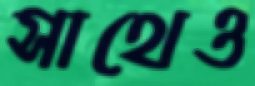
সাথেও